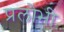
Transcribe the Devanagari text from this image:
प्रलोभी